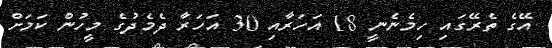
އޭގެ ތެރޭގައި ހިމެނެނީ 18 އަހަރާއި 30 އަހަރާ ދެމެދުގެ މީހުން ކަމަށް